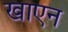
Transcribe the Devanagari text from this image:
खाएन